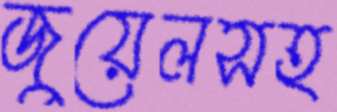
জুয়েলসহ